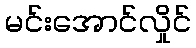
မင်းအောင်လှိုင်